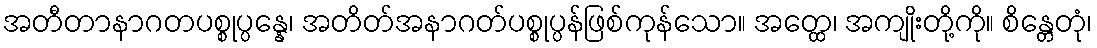
အတီတာနာဂတပစ္စုပ္ပန္နေ၊ အတိတ်အနာဂတ်ပစ္စုပ္ပန်ဖြစ်ကုန်သော။ အတ္ထေ၊ အကျိုးတို့ကို။ စိန္တေတုံ၊